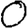
Digit: 0